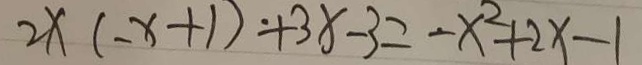
2 x ( - x + 1 ) + 3 x - 3 = - x ^ { 2 } + 2 x - 1